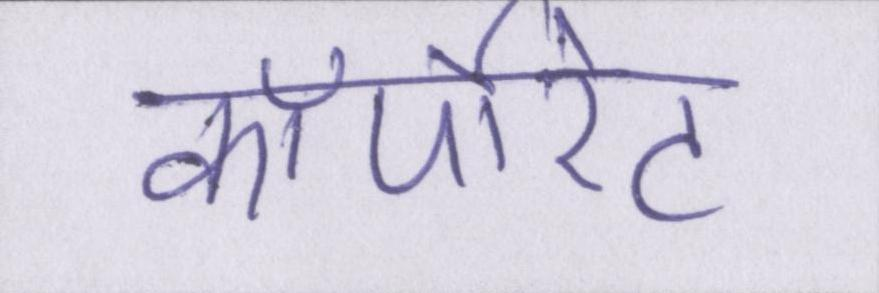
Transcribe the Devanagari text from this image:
कॉर्पोरेट